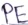
Text: PE